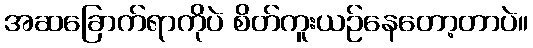
အဆခြောက်ရာကိုပဲ စိတ်ကူးယဉ်နေတော့တာပဲ။